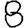
Digit: 8